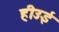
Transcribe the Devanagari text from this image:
हीउई